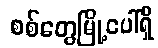
စစ်တွေမြို့ပေါ်ရှိ